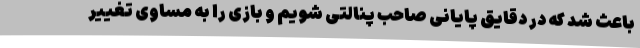
باعث شد که در دقایق پایانی صاحب پنالتی شویم و بازی را به مساوی تغییر